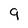
Character: 9